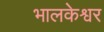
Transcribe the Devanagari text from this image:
भालकेश्वर